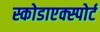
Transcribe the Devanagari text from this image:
स्कोडाएक्स्पोर्ट